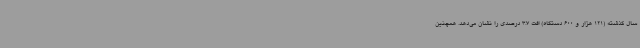
سال گذشته (121 هزار و 600 دستگاه) افت 3.7 درصدی را نشان می‌دهد. همچنین